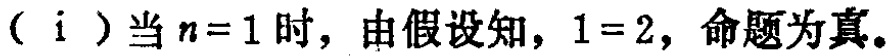
（i ）当 \(n = 1\) 时，由假设知，\(1 = 2\)，命题为真。